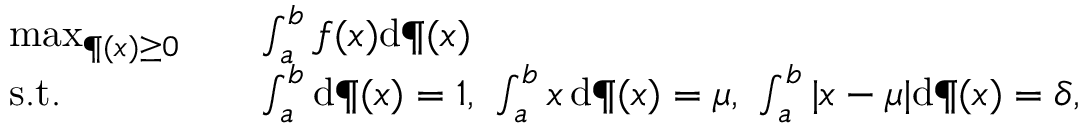
\begin{array} { r l r l } & { \operatorname* { m a x } _ { \P ( x ) \geq 0 } } & & { \int _ { a } ^ { b } f ( x ) \mathrm { d } \P ( x ) } \\ & { \mathrm { s . t . } } & & { \int _ { a } ^ { b } \mathrm { d } \P ( x ) = 1 , \ \int _ { a } ^ { b } x \, \mathrm { d } \P ( x ) = \mu , \ \int _ { a } ^ { b } | x - \mu | \mathrm { d } \P ( x ) = \delta , } \end{array}